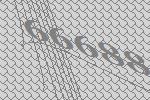
66688